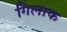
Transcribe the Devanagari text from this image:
गिलाफ